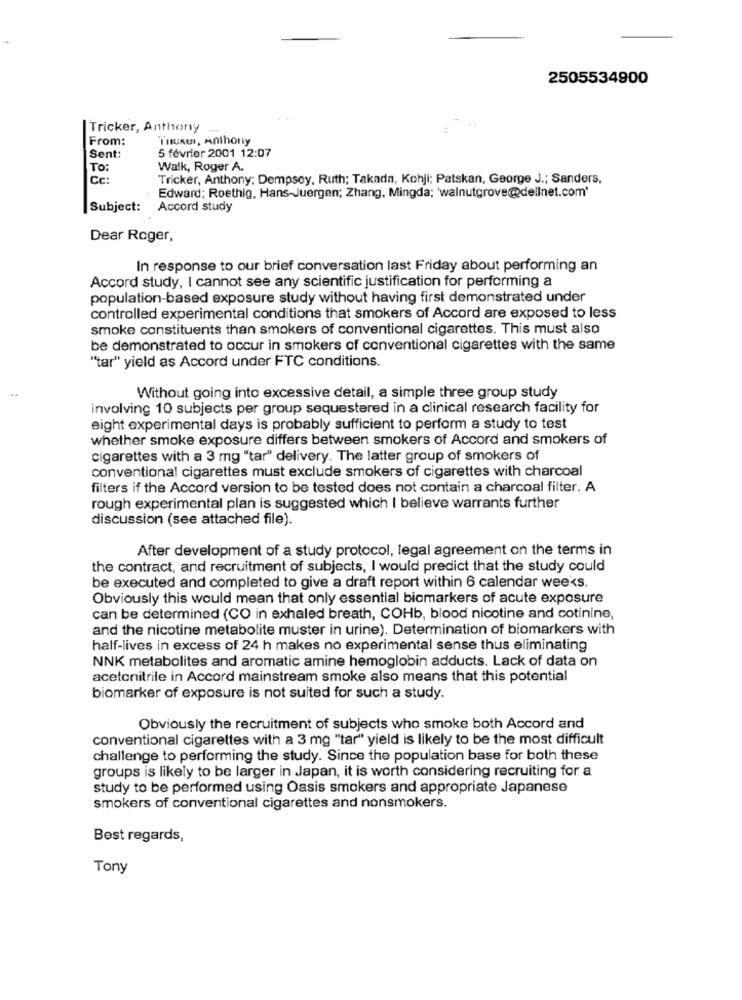
2505534900
Tricker, Anthony
From:
THURE, Anthony
5 février 2001 12:07
Sent:
TO:
Walk, Roger A.
Cc:
Tricker, Anthony; Dempsey, Ruth; Takada, Kohji: Patskan, George J .; Sanders,
Edward; Roethig, Hans-Juergen; Zhang, Mingda; 'walnutgrove@dellnet.com'
Subject:
Accord study
Dear Roger,
In response to our brief conversation last Friday about performing an
Accord study, I cannot see any scientific justification for performing a
population-based exposure study without having first demonstrated under
controlled experimental conditions that smokers of Accord are exposed to less
smoke constituents than smokers of conventional cigarettes. This must also
be demonstrated to occur in smokers of conventional cigarettes with the same
"tar" yield as Accord under FTC conditions.
Without going into excessive detail, a simple three group study
involving 10 subjects per group sequestered in a clinical research facility for
eight experimental days is probably sufficient to perform a study to test
whether smoke exposure differs between smokers of Accord and smokers of
cigarettes with a 3 mg "tar" delivery. The latter group of smokers of
conventional cigarettes must exclude smokers of cigarettes with charcoal
filters if the Accord version to be tested does not contain a charcoal filter. A
rough experimental plan is suggested which I believe warrants further
discussion (see attached file).
After development of a study protocol, legal agreement on the terms in
the contract, and recruitment of subjects, I would predict that the study could
be executed and completed to give a draft report within 6 calendar weeks.
Obviously this would mean that only essential biomarkers of acute exposure
can be determined (CO in exhaled breath, COHb, blood nicotine and cotinine,
and the nicotine metabolite muster in urine). Determination of biomarkers with
half-lives in excess of 24 h makes no experimental sense thus eliminating
NNK metabolites and aromatic amine hemoglobin adducts. Lack of data on
acetonitrile in Accord mainstream smoke also means that this potential
biomarker of exposure is not suited for such a study.
Obviously the recruitment of subjects who smoke both Accord and
conventional cigarettes with a 3 mg "tar" yield is likely to be the most difficult
challenge to performing the study. Since the population base for both these
groups is likely to be larger in Japan, it is worth considering recruiting for a
study to be performed using Oasis smokers and appropriate Japanese
smokers of conventional cigarettes and nonsmokers.
Best regards,
Tony